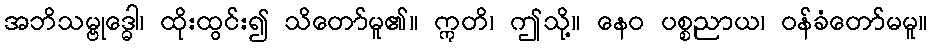
အဘိသမ္ဗုဒ္ဓေါ၊ ထိုးထွင်း၍ သိတော်မူ၏။ ဣတိ၊ ဤသို့။ နေဝ ပစ္စညာယ၊ ဝန်ခံတော်မမူ။